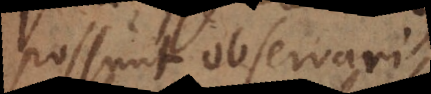
possunt observari,